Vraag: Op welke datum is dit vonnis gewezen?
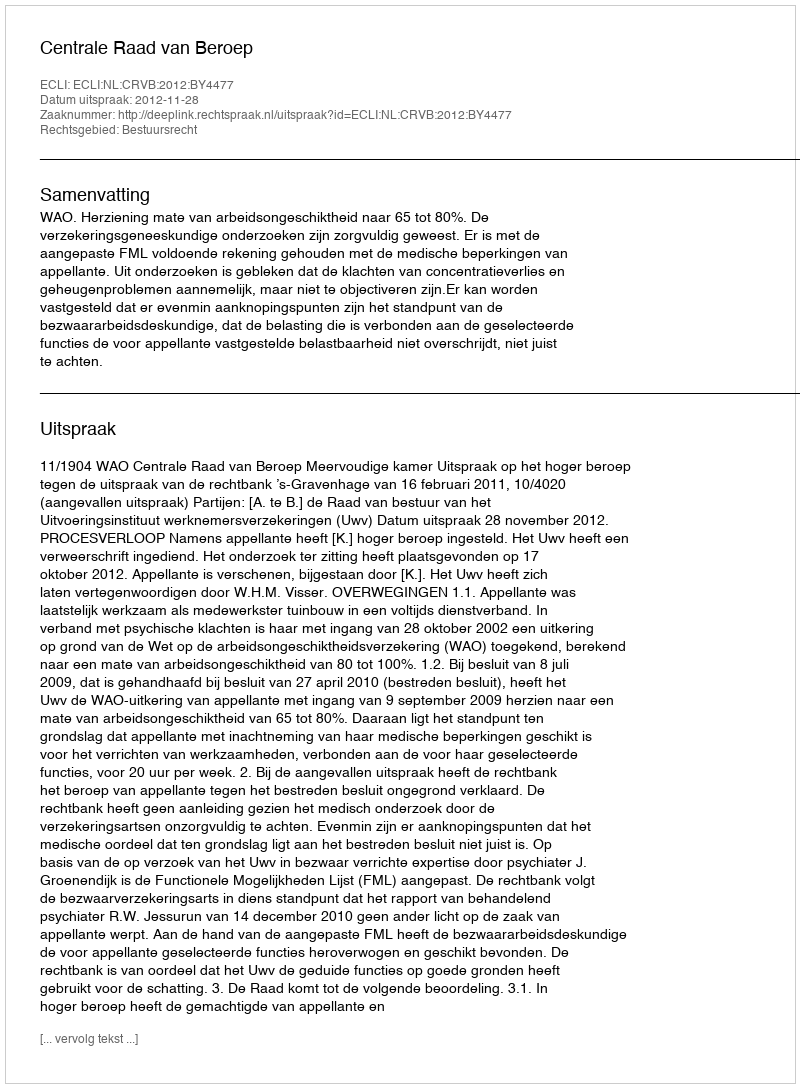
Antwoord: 2012-11-28